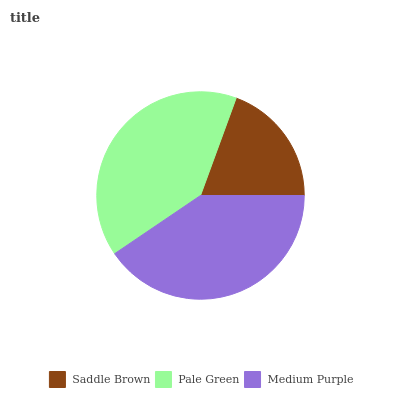
| Saddle Brown | Pale Green | Medium Purple |
 | --- | --- | --- |
 | 19.4% | 40.1% | 40.5% |